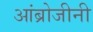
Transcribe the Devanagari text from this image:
आंब्रोजीनी